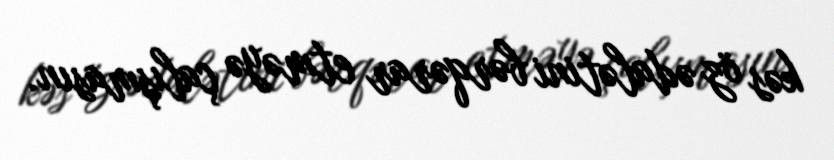
kəs öz ədalətini bərqərar etməyə çalışmasın.